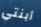
أبنتي